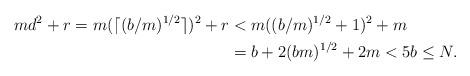
LaTeX: \begin{align*}md^2+r=m(\lceil(b/m)^{1/2}\rceil)^2+r&<m((b/m)^{1/2}+1)^2+m\\&=b+2(bm)^{1/2}+2m<5b\leq N.\end{align*}